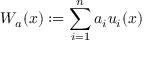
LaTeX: W _ { a } ( x ) : = \sum _ { i = 1 } ^ { n } a _ { i } u _ { i } ( x )